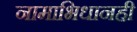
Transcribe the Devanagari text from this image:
नामाभिधानही